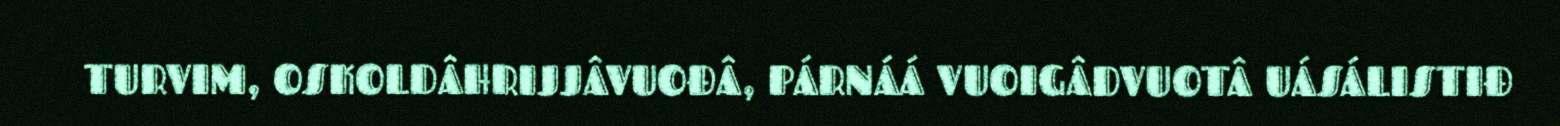
TURVIM, OSKOLDÂHRIJJÂVUOĐÂ, PÁRNÁÁ VUOIGÂDVUOTÂ UÁSÁLISTIĐ